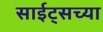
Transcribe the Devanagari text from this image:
साईट्सच्या